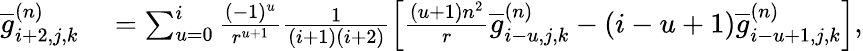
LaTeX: \begin{array}{rl}{\overline{{g}}_{i+2,j,k}^{(n)}}&{{}=\sum_{u=0}^{i}\frac{(-1)^{u}}{r^{u+1}}\frac{1}{(i+1)(i+2)}\left[\frac{(u+1)n^{2}}{r}\overline{{g}}_{i-u,j,k}^{(n)}-(i-u+1)\overline{{g}}_{i-u+1,j,k}^{(n)}\right],}\end{array}